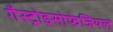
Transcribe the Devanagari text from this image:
गैस्ट्रोइसोफेजियल